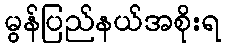
မွန်ပြည်နယ်အစိုးရ